Annual administration report of the Civil Veterinary Department of India - 1908-1909
Year: 1908
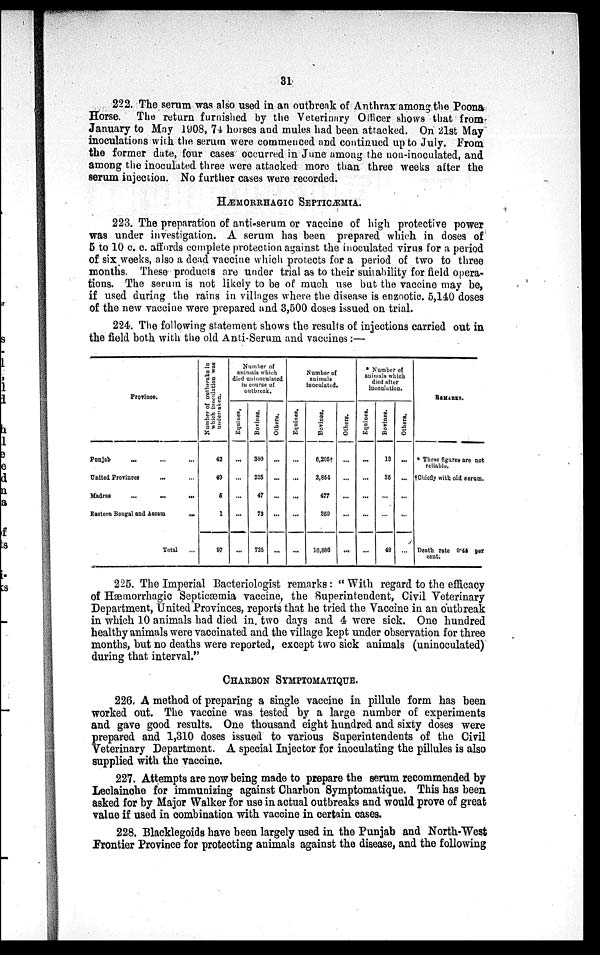
31
222. The serum was also used in an outbreak of Anthrax among the Poona
Horse. The return furnished by the Veterinary Officer shows that from
January to May 1908, 74 horses and mules had been attacked. On 21st May
inoculations with the serum were commenced and continued up to July. From
the former date, four cases occurred in June among the non-inoculated, and
among the inoculated three were attacked more than three weeks after the
serum injection. No further cases were recorded.
HÆMORRHAGIC SEPTICÆMIA.
223. The preparation of anti-serum or vaccine of high protective power
was under investigation. A serum has been prepared which in doses of
5 to 10 c. c. affords complete protection against the inoculated virus for a period
of six weeks, also a dead vaccine which protects for a period of two to three
months. These products are under trial as to their suitability for field opera-
tions. The serum is not likely to be of much use but the vaccine may be,
if used during the rains in villages where the disease is enzootic. 5,140 doses
of the new vaccine were prepared and 3,500 doses issued on trial.
224. The following statement shows the results of injections carried out in
the field both with the old Anti-Serum and vaccines:—
Province.
Punjab
... ... ...
United Provinces ... ...
Madras
...
...
...
Eastorn Bongal and Aseam
...
Total ...
Number of outbreaks in
which inoculation was
undertaken.
42
40
6
1
97
Number of
animals which
died uninoculated
in course of
outbreak.
Equines.
...
...
...
...
...
Bovines.
380
225
47
73
725
Others.
...
...
...
...
...
Equines.
...
...
...
...
...
Number of
animals
inoculated.
Bovines.
6,205†
3,854
477
350
10,886
Others.
...
...
...
...
...
• Number of
animals which
died after
inoculation.
Equines.
...
...
...
...
...
Bovines.
13
35
...
...
48
Others.
...
...
...
...
...
REMARKS.
* These figures are not
reliable.
†Chicfly with old serum.
Death rate 0.44 per
cent.
225. The Imperial Bacteriologist remarks: "With regard to the efficacy
of Hæmorrhagic Septicæmia vaccine, the Superintendent, Civil Veterinary
Department, United Provinces, reports that he tried the Vaccine in an outbreak
in which 10 animals had died in. two days and 4 were sick. One hundred
healthy animals were vaccinated and the village kept under observation for three
months, but no deaths were reported, except two sick animals (uninoculated)
during that interval."
CHARBON SYMPTOMATIQUE.
226. A method of preparing a single vaccine in pillule form has been
worked out. The vaccine was tested by a large number of experiments
and gave good results. One thousand eight hundred and sixty doses were
prepared and 1,310 doses issued to various Superintendents of the Civil
Veterinary Department. A special Injector for inoculating the pillules is also
supplied with the vaccine.
227. Attempts are now being made to prepare the serum recommended by
Leclainche for immunizing against Charbon Symptomatique. This has been
asked for by Major Walker for use in actual outbreaks and would prove of great
value if used in combination with vaccine in certain cases.
228. Blacklegoids have been largely used in the Punjab and North-West
Frontier Province for protecting animals against the disease, and the following